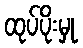
ထုပ်ပိုးမှု